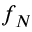
f _ { N }